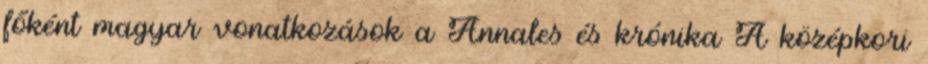
főként magyar vonatkozások a Annales és krónika A középkori